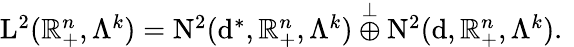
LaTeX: \begin{array}{r}{{\mathrm{L}}^{2}(\mathbb{R}_{+}^{n},\Lambda^{k})={\mathrm{N}}^{2}(\mathrm{d}^{\ast},\mathbb{R}_{+}^{n},\Lambda^{k})\overset{\perp}{\oplus}{\mathrm{N}}^{2}(\mathrm{d},\mathbb{R}_{+}^{n},\Lambda^{k})\mathrm{.~}}\end{array}